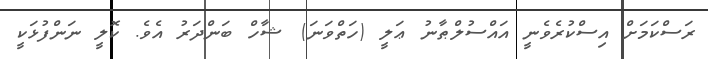
ރަސްކަމަށް އިސްކުރެވެނީ އައްސުލްޠާނު ޢަލީ (ހަތްވަނަ) ޝާހް ބަންދަރު އެވެ. ކޮލީ ނަންފުޅަކީ